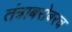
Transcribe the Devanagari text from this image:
तंत्राबरोबरच